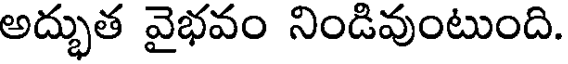
అద్భుత వైభవం నిండివుంటుంది.